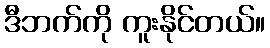
ဒီဘက်ကို ကူးနိုင်တယ်။